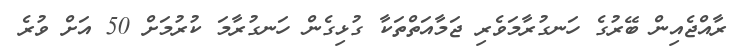
ރާއްޖެއިން ބޭރުގެ ހަނގުރާމަވެރި ޖަމާއަތްތަކާ ގުޅިގެން ހަނގުރާމަ ކުރުމަށް 50 އަށް ވުރެ